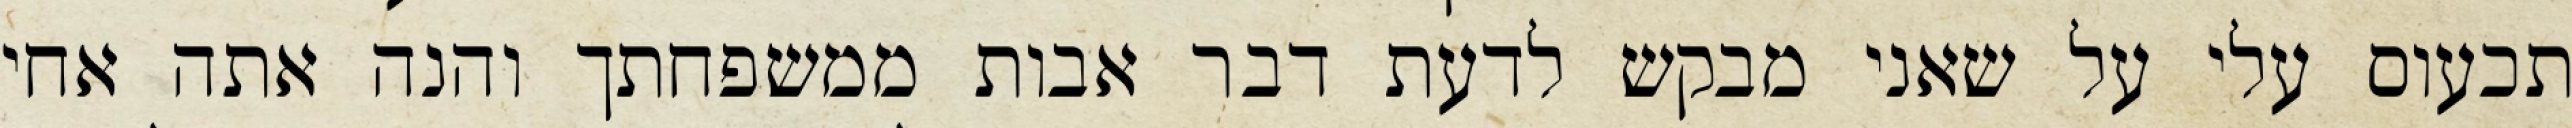
תכעוס עלי על שאני מבקש לדעת דבר אבות ממשפחתך והנה אתה אחי